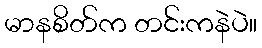
မာနစိတ်က တင်းကနဲပဲ။